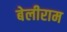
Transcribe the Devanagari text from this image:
बेलीराम